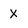
Character: X